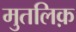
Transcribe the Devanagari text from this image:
मुतलिक़